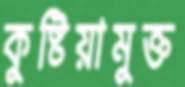
কুষ্টিয়ামুক্ত